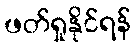
ဖတ်ရှုနိုင်ရန်